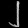
Digit: ၂